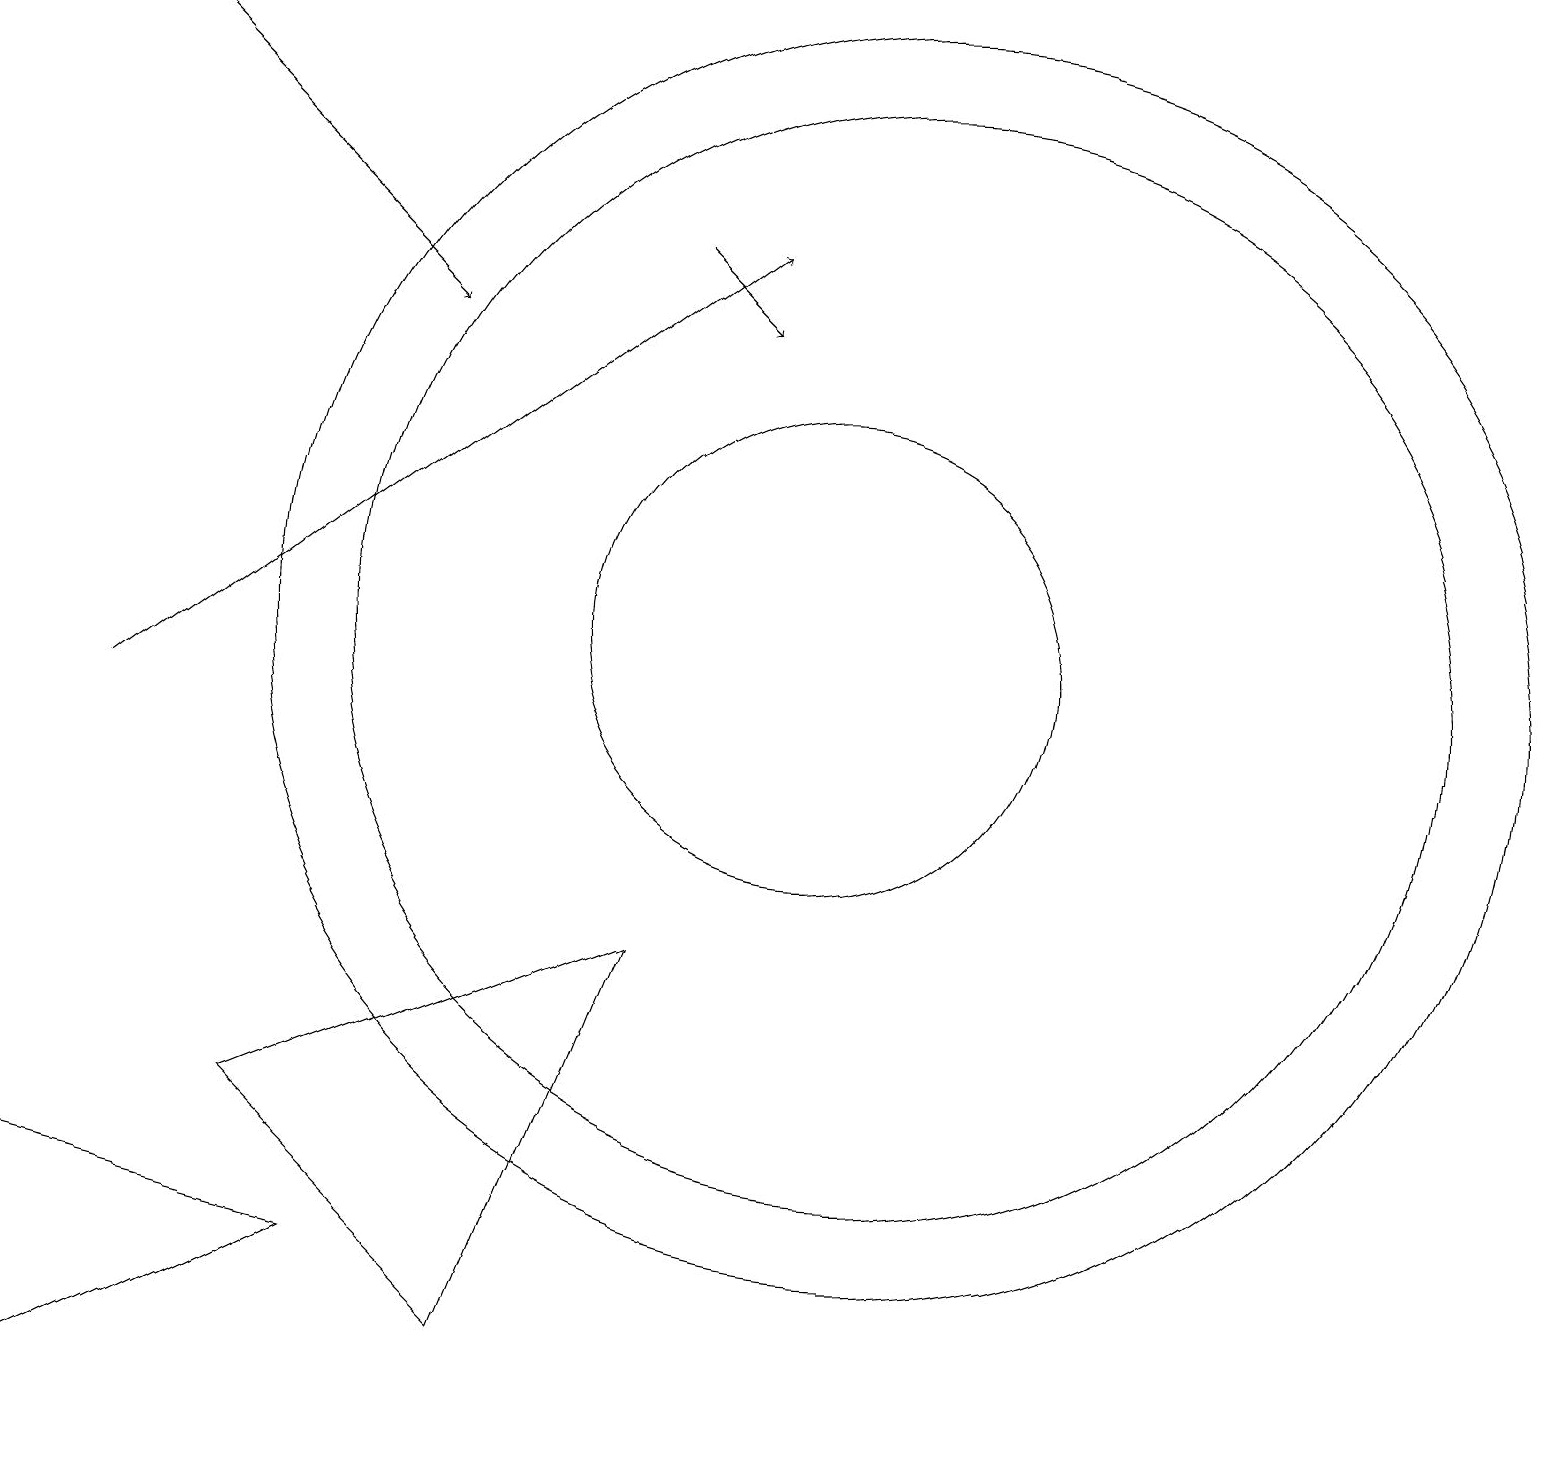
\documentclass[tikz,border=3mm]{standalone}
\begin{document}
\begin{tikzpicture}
\draw (11,11) circle (8);
\draw (11,11) circle (7);
\draw (0,4) -- (0,1) -- (4,3) -- cycle;
\draw[->] (1,19) -- (5,15);
\draw (3,5) -- (6,2) -- (8,7) -- cycle;
\draw[->] (1,10) -- (9,16);
\draw[->] (8,16) -- (9,15);
\draw (10,11) circle (3);
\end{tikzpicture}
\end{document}